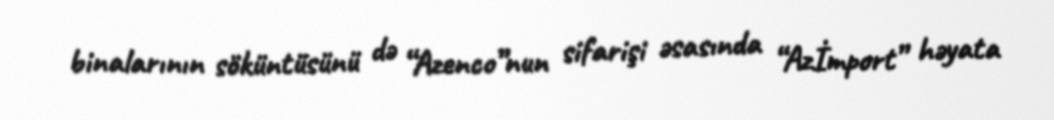
binalarının söküntüsünü də “Azenco”nun sifarişi əsasında “Azİmport” həyata